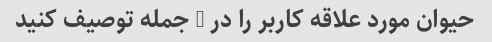
حیوان مورد علاقه کاربر را در 3 جمله توصیف کنید